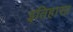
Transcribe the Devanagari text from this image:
इतिहासा